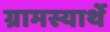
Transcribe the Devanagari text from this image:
ग्रामस्यार्थे